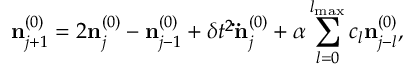
{ \displaystyle { \bf n } _ { j + 1 } ^ { ( 0 ) } = 2 { \bf n } _ { j } ^ { ( 0 ) } - { \bf n } _ { j - 1 } ^ { ( 0 ) } + \delta t ^ { 2 } { \bf \ddot { n } } _ { j } ^ { ( 0 ) } + \alpha \sum _ { l = 0 } ^ { l _ { \mathrm { m a x } } } c _ { l } { \bf n } _ { j - l } ^ { ( 0 ) } } ,